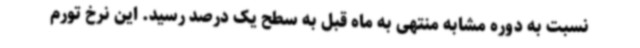
نسبت به دوره مشابه منتهی به ماه قبل به سطح یک درصد رسید. این نرخ تورم